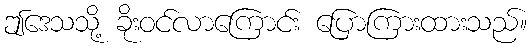
ဤဒေသသို့ ခိုးဝင်လာကြောင်း ပြောကြားထားသည်။